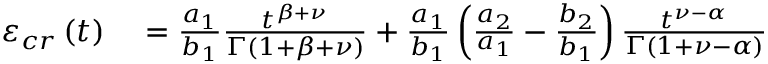
\begin{array} { r l } { \varepsilon _ { c r } \left( t \right) } & { { } = \frac { a _ { 1 } } { b _ { 1 } } \frac { t ^ { \beta + \nu } } { \Gamma \left( 1 + \beta + \nu \right) } + \frac { a _ { 1 } } { b _ { 1 } } \left( \frac { a _ { 2 } } { a _ { 1 } } - \frac { b _ { 2 } } { b _ { 1 } } \right) \frac { t ^ { \nu - \alpha } } { \Gamma \left( 1 + \nu - \alpha \right) } } \end{array}